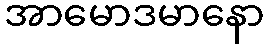
အာမောဒမာနော